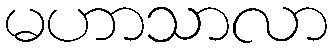
မဟာသာလာ